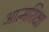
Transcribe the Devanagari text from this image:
आत्मशिक्षा